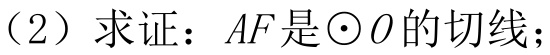
（2）求证：\(AF\)是\(\odot O\)的切线；